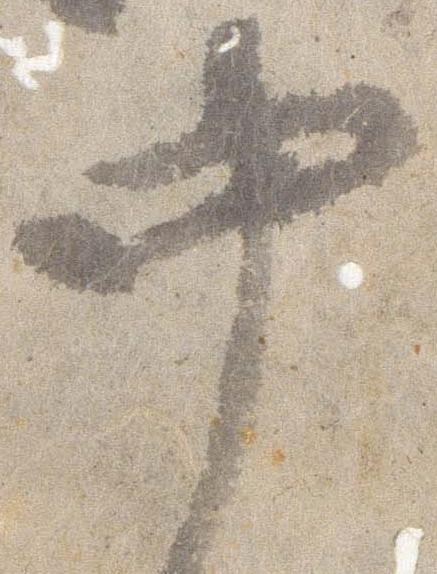
中